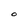
Character: O